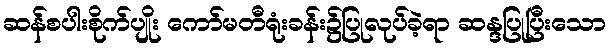
ဆန်စပါးစိုက်ပျိုး ကော်မတီရုံးခန်း၌ပြုလုပ်ခဲ့ရာ ဆန္ဒပြုပြီးသော